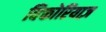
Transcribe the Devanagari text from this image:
विक्तोरियाज़